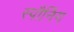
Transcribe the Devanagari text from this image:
स्पौनिंग